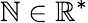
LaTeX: \mathbb{N}\in\mathbb{{R}}^{*}